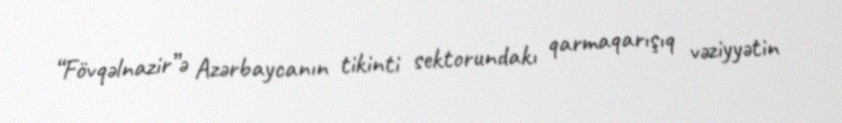
“Fövqəlnazir”ə Azərbaycanın tikinti sektorundakı qarmaqarışıq vəziyyətin